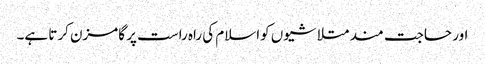
اور حاجت مند متلاشیوں کواسلام کی راہ راست پر گامزن کرتا ہے۔